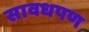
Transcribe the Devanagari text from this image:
सावधपण